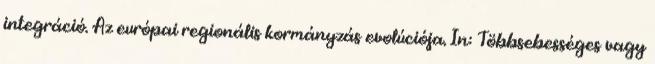
integráció. Az európai regionális kormányzás evolúciója. In: Többsebességes vagy